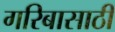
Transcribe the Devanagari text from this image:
गरिबासाठी